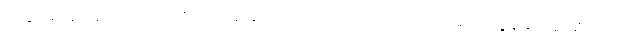
ဘဒ္ဒါအမည်ရှိသော။ ဒေဝိယာ၊ မိဖုရားသည်။ ကာလင်္ကတာယ၊ သေလွန်ခဲ့သည်ရှိသော်။